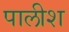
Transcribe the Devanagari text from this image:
पालीश